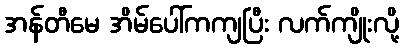
အန်တီမေ အိမ်ပေါ်ကကျပြီး လက်ကျိုးလို့